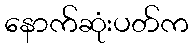
နောက်ဆုံးပတ်က